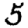
Digit: 5